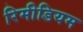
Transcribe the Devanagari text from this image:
रिमीडियम